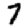
Digit: 7